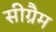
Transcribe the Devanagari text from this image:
सीग्रैम